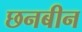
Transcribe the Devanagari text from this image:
छनबीन